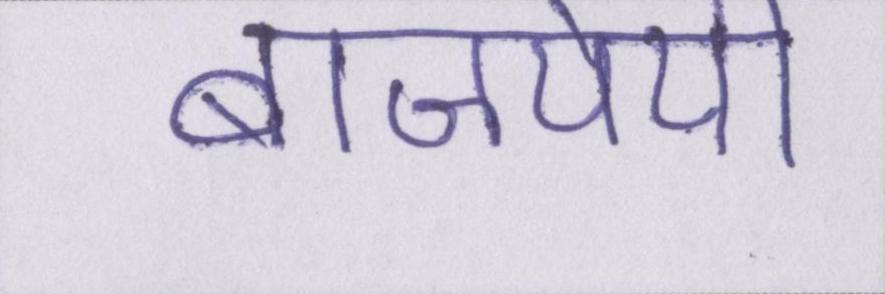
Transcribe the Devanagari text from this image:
बाजपेयी